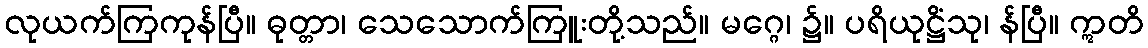
လုယက်ကြကုန်ပြီ။ ဓုတ္တာ၊ သေသောက်ကြူးတို့သည်။ မဂ္ဂေ၊ ၌။ ပရိယုဋ္ဌိံသု၊ န်ပြီ။ ဣတိ